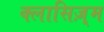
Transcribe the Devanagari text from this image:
क्लासिज़्म